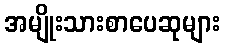
အမျိုးသားစာပေဆုများ